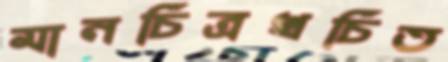
মানচিত্রখচিত